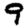
Digit: 9